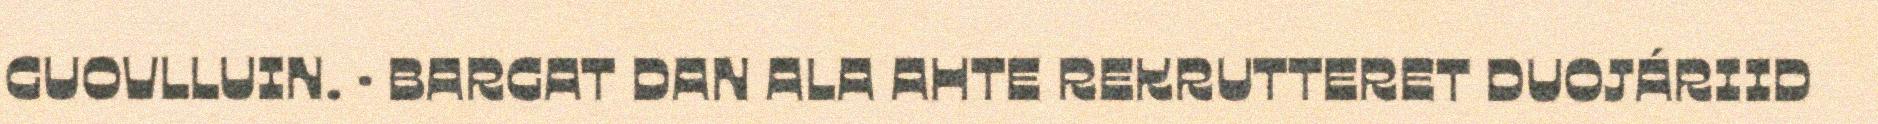
GUOVLLUIN. · BARGAT DAN ALA AHTE REKRUTTERET DUOJÁRIID